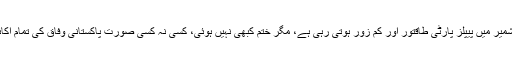
بلوچستان، گلگت بلتستان اور آزاد کشمیر میں پیپلز پارٹی طاقتور اور کم زور ہوتی رہی ہے، مگر ختم کبھی نہیں ہوئی، کسی نہ کسی صورت پاکستانی وفاق کی تمام اکائیوں میں یہ پارٹی موجود رہی ہے۔